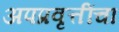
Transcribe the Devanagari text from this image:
अपप्रवृत्तींचा